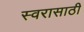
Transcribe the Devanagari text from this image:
स्वरासाठी